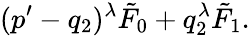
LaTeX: (p^{\prime}-q_{2})^{\lambda}\tilde{F}_{0}+q_{2}^{\lambda}\tilde{F}_{1}.